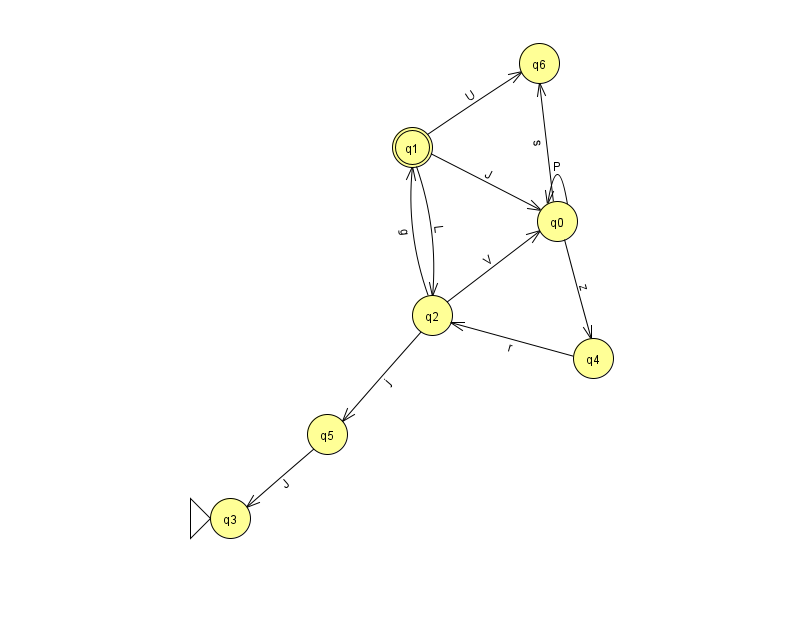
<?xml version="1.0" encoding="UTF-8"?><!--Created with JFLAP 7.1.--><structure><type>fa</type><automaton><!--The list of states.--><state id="0" name="q0"><x>557.0</x><y>208.0</y></state><state id="1" name="q1"><x>412.0</x><y>134.0</y><final/></state><state id="2" name="q2"><x>432.0</x><y>302.0</y></state><state id="3" name="q3"><x>230.0</x><y>505.0</y><initial/></state><state id="4" name="q4"><x>593.0</x><y>345.0</y></state><state id="5" name="q5"><x>327.0</x><y>421.0</y></state><state id="6" name="q6"><x>539.0</x><y>50.0</y></state><!--The list of transitions.--><transition><from>0</from><to>0</to><read>P</read></transition><transition><from>0</from><to>4</to><read>z</read></transition><transition><from>1</from><to>6</to><read>U</read></transition><transition><from>2</from><to>1</to><read>g</read></transition><transition><from>4</from><to>2</to><read>r</read></transition><transition><from>1</from><to>0</to><read>J</read></transition><transition><from>2</from><to>5</to><read>j</read></transition><transition><from>1</from><to>2</to><read>L</read></transition><transition><from>0</from><to>6</to><read>s</read></transition><transition><from>5</from><to>3</to><read>J</read></transition><transition><from>2</from><to>0</to><read>V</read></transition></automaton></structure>